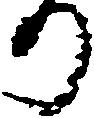
り